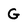
Character: G